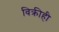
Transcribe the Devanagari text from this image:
विक्रीही